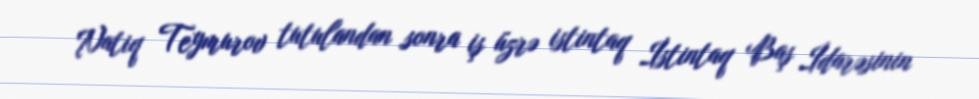
Natiq Teymurov tutulandan sonra iş üzrə istintaq İstintaq Baş İdarəsinin